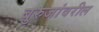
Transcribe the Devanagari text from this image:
बुरुजांवरील